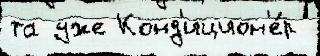
та уже Конд'ицион'е́р